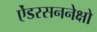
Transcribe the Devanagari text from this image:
ऐंडरसननेक्षो